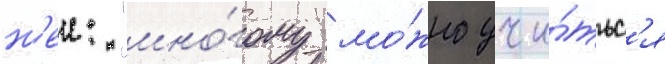
н'еи: "мно́гому мо́жно учи́тьс'я